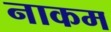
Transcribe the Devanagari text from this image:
नाकम